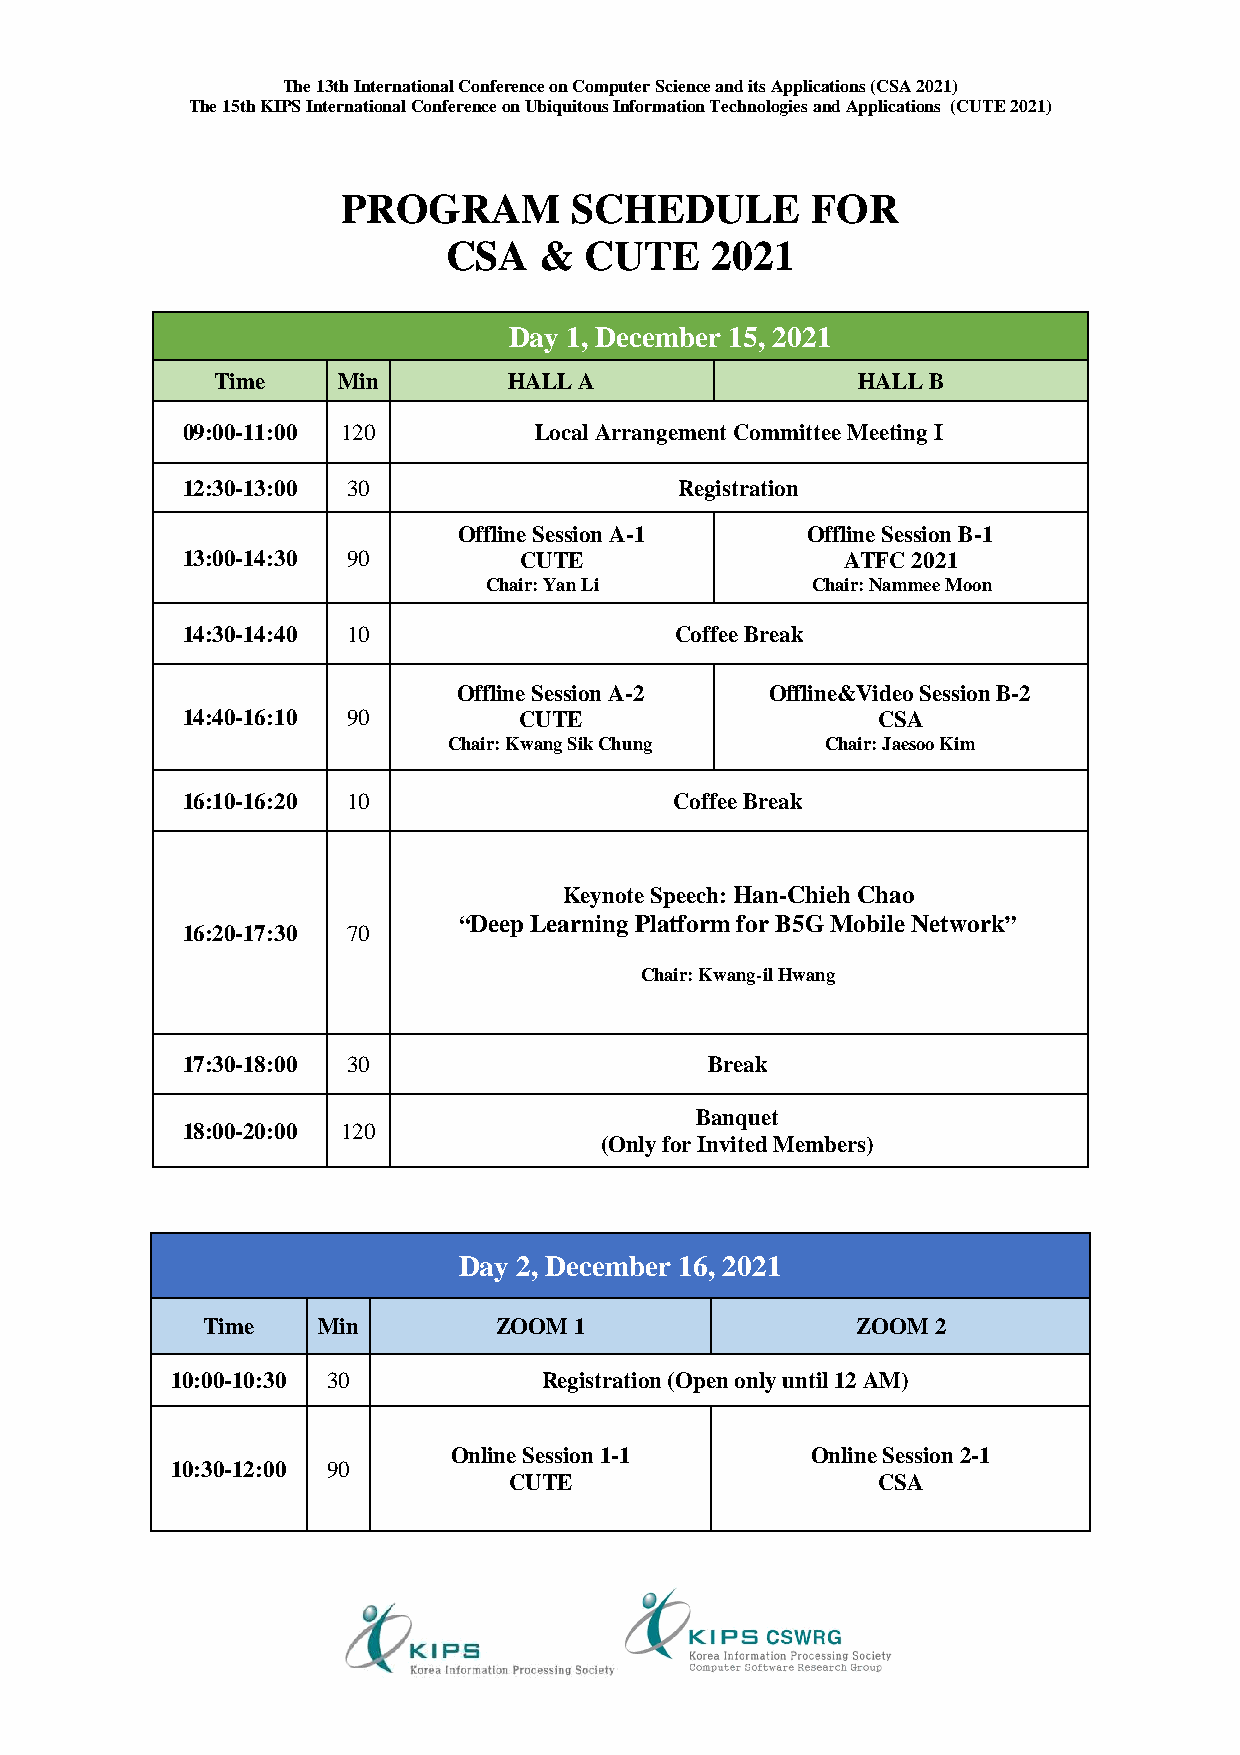
The 13th International Conference on Computer Science and its Applications (CSA 2021)
 The 15th KIPS International Conference on Ubiquitous Information Technologies and Applications (CUTE 2021)
 PROGRAM        SCHEDULE        FOR
 CSA   &  CUTE    2021
 Day 1, December 15, 2021
 Time    Min         HALL A                 HALL B
 09:00-11:00 120        Local Arrangement Committee Meeting I
 12:30-13:00 30                   Registration
 Offline Session A-1    Offline Session B-1
 13:00-14:30 90        CUTE                  ATFC 2021
 Chair: Yan Li         Chair: Nammee Moon
 14:30-14:40 10                   Coffee Break
 Offline Session A-2  Offline&Video Session B-2
 14:40-16:10 90        CUTE                    CSA
 Chair: Kwang Sik Chung   Chair: Jaesoo Kim
 16:10-16:20 10                   Coffee Break
 Keynote Speech: Han-Chieh Chao
 “Deep Learning Platform for B5G Mobile Network”
 16:20-17:30 70
 Chair: Kwang-il Hwang
 17:30-18:00 30                     Break
 Banquet
 18:00-20:00 120
 (Only for Invited Members)
 Day 2, December 16, 2021
 Time    Min         ZOOM 1                  ZOOM 2
 10:00-10:30 30           Registration (Open only until 12 AM)
 Online Session 1-1      Online Session 2-1
 10:30-12:00 90
 CUTE                    CSA